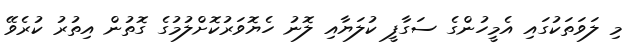
މި ލަވަތަކުގައި އެމީހުންގެ ސަގާފީ ކުލަޔާއި ލޮނު ހެޔޮވަރުކޮށްލުމުގެ ގޮތުން އިތުރު ކުރެވޭ